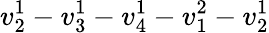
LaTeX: v_{2}^{1}-v_{3}^{1}-v_{4}^{1}-v_{1}^{2}-v_{2}^{1}